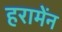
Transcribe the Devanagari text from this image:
हरामेंन